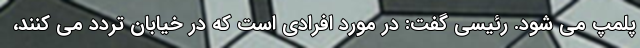
پلمپ می شود. رئیسی گفت: در مورد افرادی است که در خیابان تردد می کنند،